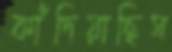
কাঁদিয়াছিস